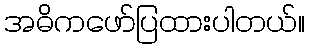
အဓိကဖော်ပြထားပါတယ်။